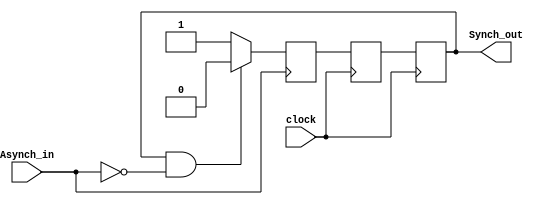
module HomeWorkTwo(
	input				clock				,
	input				Asynch_in	,
	
	output	reg	Synch_out
);

reg		q1			=	1'b0				;
reg		q2			=	1'b0				;
wire		reset								;

assign	reset	=	Synch_out&(~Asynch_in)	;

always@(posedge clock) begin
		
	Synch_out	=	q2					;
	q2						=	q1					;
	
end

always@(posedge Asynch_in) begin
		
	if(reset) begin
		
		q1					=	1'b0				;
		
	end
	else begin
		
		q1					=	1'b1				;
	
	end
	
end


endmodule